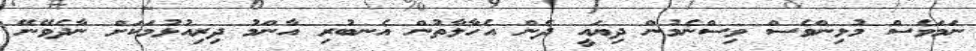
ނަމަވެސް މުޅިންވެސް ވިސްނެމުން ދިޔައީ ދެން އެހާލާތުން އެނބުރި އާންމު ދިރިއުޅުމަކަށް ނާދެވޭނޭ